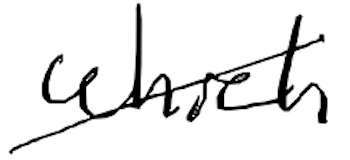
Text: which
Cross-out: diagonal
Writing tool: digital_black